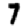
Digit: 7